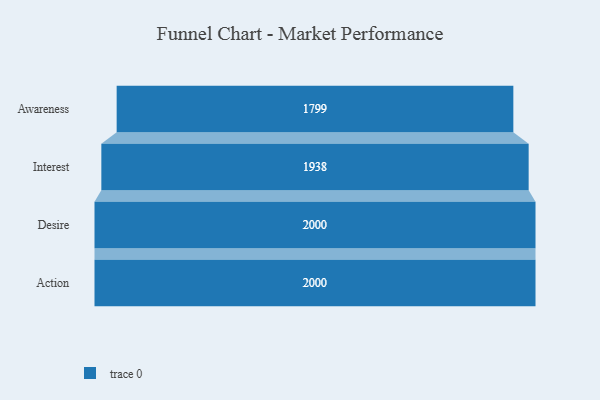
{"axis": {"x": "Stage", "y": "Value"}, "legend": [""], "data": [{"x": "Awareness", "y": 1799.0, "type": ""}, {"x": "Interest", "y": 1938.0, "type": ""}, {"x": "Desire", "y": 2000, "type": ""}, {"x": "Action", "y": 2000, "type": ""}]}